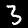
Label: 3